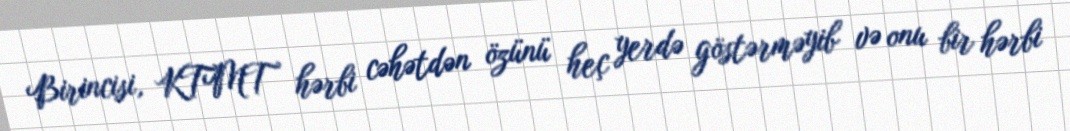
Birincisi, KTMT hərbi cəhətdən özünü heç yerdə göstərməyib və onu bir hərbi